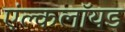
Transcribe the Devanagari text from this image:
एंल्कलॉयड